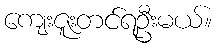
ကျေးဇူးတင်ရဦးမယ်။